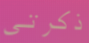
ذكرتي